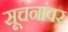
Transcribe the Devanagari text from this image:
सूचनांवर